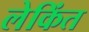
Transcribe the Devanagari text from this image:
लेकिंत